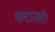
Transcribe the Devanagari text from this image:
कराओ।